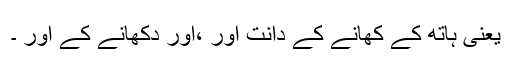
یعنی ہاتھ کے کھانے کے دانت اور ،اور دکھانے کے اور ۔